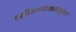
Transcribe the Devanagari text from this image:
पक्षीअभ्यासकांनुसार